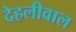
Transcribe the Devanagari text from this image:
देहलीवाल